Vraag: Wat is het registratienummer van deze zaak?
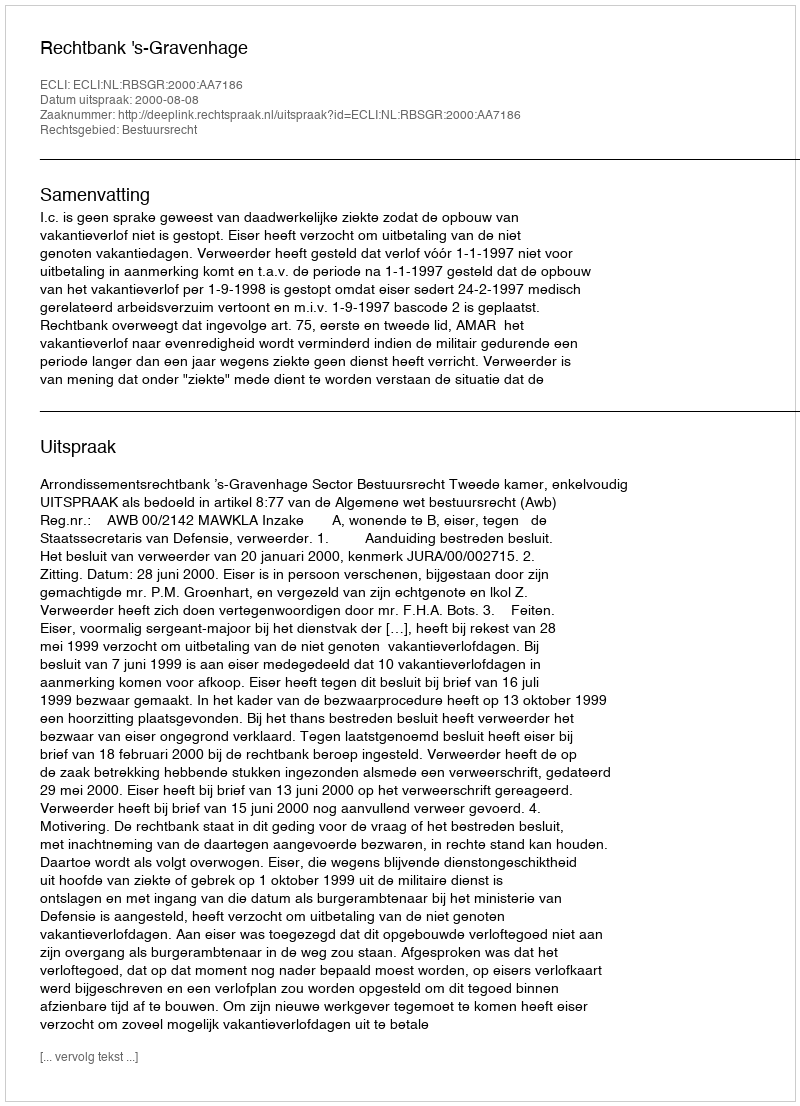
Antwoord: http://deeplink.rechtspraak.nl/uitspraak?id=ECLI:NL:RBSGR:2000:AA7186